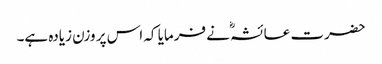
حضرت عائشہؓ نے فرمایا کہ اس پر وزن زیادہ ہے۔